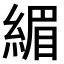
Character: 𫃷